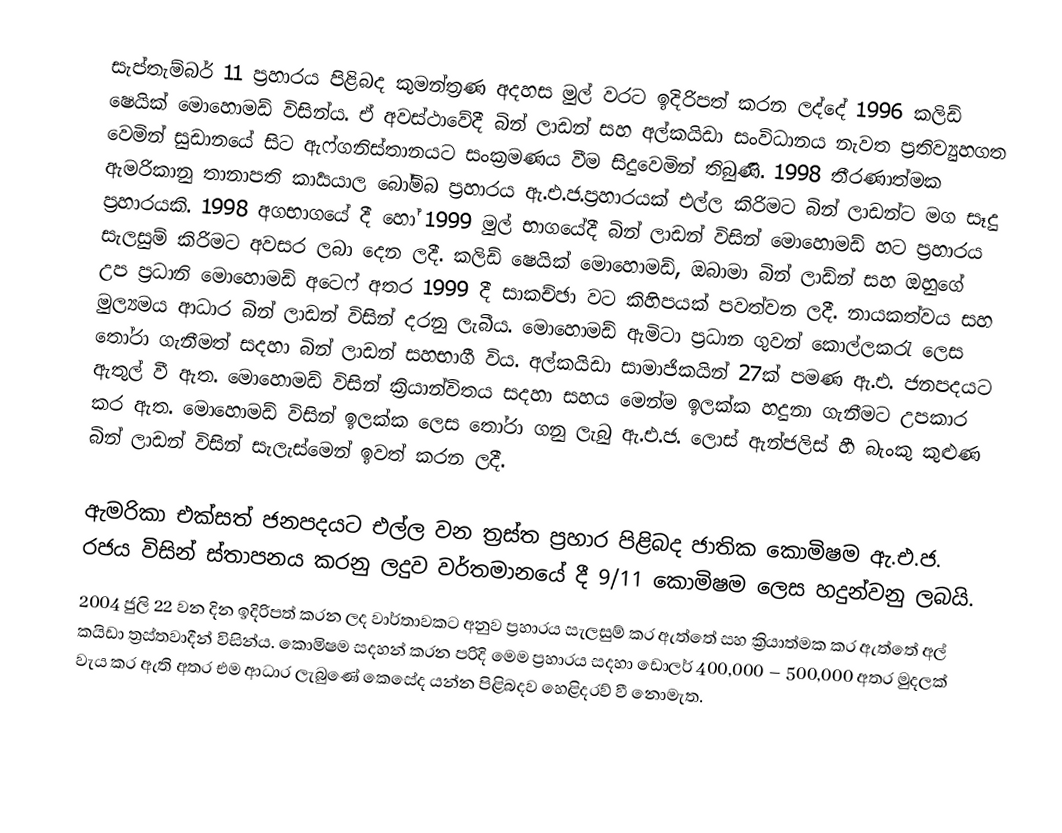
සැප්තැම්බර් 11 ප්‍රහාරය පිළිබද කුමන්ත්‍රණ අදහස මුල් වරට ඉදිරිපත් කරන ලද්දේ 1996 කලිඩ් ෂෙයික් මොහොමඩ් විසින්ය. ඒ අවස්ථාවේදී බින් ලාඩන් සහ අල්කයිඩා සංවිධානය නැවත ප්‍රතිව්‍යුහගත වෙමින් සුඩානයේ සිට ඇෆ්ගනිස්තානයට සංක්‍රමණය වීම සිදුවෙමින් තිබුණි. 1998 තීරණාත්මක ඇමරිකානු තානාපති කාර්‍යයාල බෝම්බ ප්‍රහාරය ඇ.එ.ජ.ප්‍රහාරයක් එල්ල කිරිමට බින් ලාඩන්ට මග සෑදු ප්‍රහාරයකි. 1998 අගභාගයේ දී හෝ 1999 මුල් භාගයේදී බින් ලාඩන් විසින් මොහොමඩ් හට ප්‍රහාරය සැලසුම් කිරිමට අවසර ලබා දෙන ලදී. කලිඩ් ෂෙයික් මොහොමඩ්, ඔබාමා බින් ලාඩ්න් සහ ඔහුගේ උප ප්‍රධානි  මොහොමඩ් අටෙෆ් අතර 1999 දී සාකච්ඡා වට කිහිපයක් පවත්වන ලදී. නායකත්වය සහ මුල්‍යමය ආධාර බින් ලාඩන් විසින් දරනු ලැබීය.  මොහොමඩ් ඇමිටා  ප්‍රධාන ගුවන් කොල්ලකරැ  ලෙස තෝරා ගැනීමත් සදහා බින් ලාඩන් සහභාගී විය. අල්කයිඩා සාමාජිකයින් 27ක් පමණ ඇ.එ. ජනපදයට ඇතුල් වී ඇත. මොහොමඩ් විසින් ක්‍රියාන්විතය සදහා සහය මෙන්ම ඉලක්ක හදුනා ගැනීමට උපකාර කර ඇත. මොහොමඩ් විසින් ඉලක්ක ලෙස තෝරා ගනු ලැබු ඇ.එ.ජ. ලොස් ඇන්ජලිස් හී බැංකු කුළුණ බින් ලාඩන් විසින් සැලැස්මෙන් ඉවත් කරන ලදී.

ඇමරිකා එක්සත් ජනපදයට එල්ල වන ත්‍රස්ත ප්‍රහාර පිළිබද ජාතික කොමිෂම ඇ.එ.ජ. රජය විසින් ස්තාපනය කරනු ලදුව වර්තමානයේ දී 9/11 කොමිෂම ලෙස හදුන්වනු ලබයි.
2004 ජුලි 22 වන දින ඉදිරිපත් කරන ලද වාර්තාවකට අනුව ප්‍රහාරය සැලසුම් කර ඇත්තේ සහ ක්‍රියාත්මක කර ඇත්තේ අල් කයිඩා ත්‍රස්තවාදීන් විසින්ය. කොමිෂම සදහන් කරන පරිදි මෙම ප්‍රහාරය සදහා ඩොලර් 400,000 – 500,000 අතර මුදලක් වැය කර ඇති අතර එම ආධාර ලැබුණේ කෙසේද යන්න පිළිබදව හෙළිදරව් වී නොමැත.